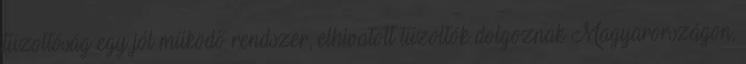
tűzoltóság egy jól működő rendszer, elhivatott tűzoltók dolgoznak Magyarországon,